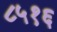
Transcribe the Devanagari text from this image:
८५१६